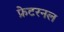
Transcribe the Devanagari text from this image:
फ्रेटरनल